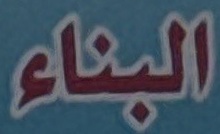
البناء